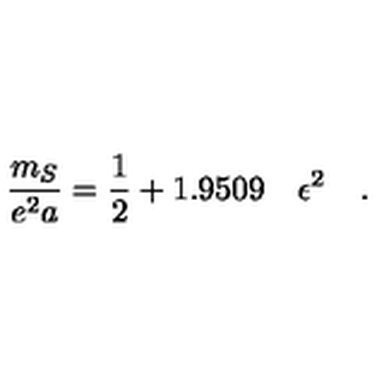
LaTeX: \frac { m _ { S } } { e ^ { 2 } a } = \frac { 1 } { 2 } + 1 . 9 5 0 9 \quad \epsilon ^ { 2 } \quad .